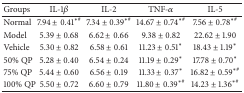
<table><thead><tr><td><b>Groups</b></td><td><b>IL-1<i>β</i></b></td><td><b>IL-2</b></td><td><b>TNF-<i>α</i></b></td><td><b>IL-5</b></td></tr></thead><tbody><tr><td>Normal</td><td>7.94 ± 0.41<sup>∗#</sup></td><td>7.34 ± 0.39<sup>∗#</sup></td><td>14.67 ± 0.74<sup>∗#</sup></td><td>7.56 ± 0.78<sup>∗#</sup></td></tr><tr><td>Model</td><td>5.39 ± 0.68</td><td>6.62 ± 0.66</td><td>9.38 ± 0.82</td><td>22.62 ± 1.90</td></tr><tr><td>Vehicle</td><td>5.30 ± 0.82</td><td>6.58 ± 0.61</td><td>11.23 ± 0.51*</td><td>18.43 ± 1.19*</td></tr><tr><td>50% QP</td><td>5.28 ± 0.40</td><td>6.54 ± 0.24</td><td>11.19 ± 0.29*</td><td>17.78 ± 0.70*</td></tr><tr><td>75% QP</td><td>5.44 ± 0.60</td><td>6.56 ± 0.19</td><td>11.33 ± 0.37*</td><td>16.82 ± 0.59<sup>∗#</sup></td></tr><tr><td>100% QP</td><td>5.50 ± 0.72</td><td>6.60 ± 0.79</td><td>11.80 ± 0.39<sup>∗#</sup></td><td>14.23 ± 1.36<sup>∗#</sup></td></tr></tbody></table>